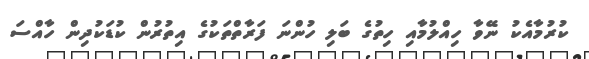
ކުރުމާއެކު ނޭވާ ހިއްލުމާއި ހިތުގެ ބަލި ހުންނަ ފަރާތްތަކުގެ އިތުރުން ކުޑަކުދިން ހާއްސަ